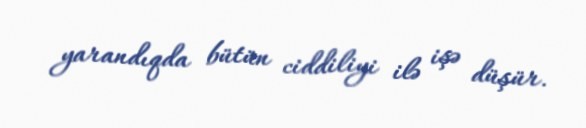
yarandıqda bütün ciddiliyi ilə işə düşür.